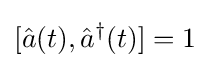
[{\hat {a}}(t),{\hat {a}}^{\dagger }(t)]=1\